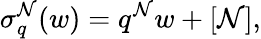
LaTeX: \sigma_{q}^{\mathcal{N}}(w)=q^{\mathcal{N}}w+[\mathcal{N}],